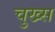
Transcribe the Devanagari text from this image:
चुख्स